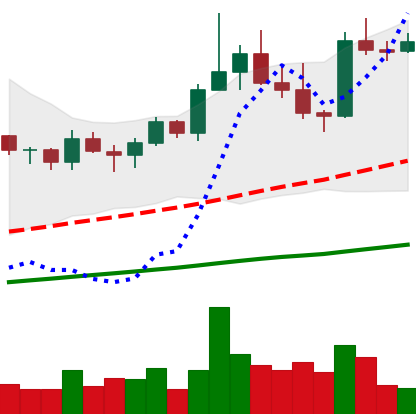
Ticker: TRX-USD
Chart end date: 2021-03-29
Forward return: 57.54%
Label: up_7plus